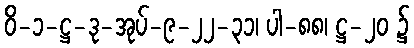
ဝိ-၁-ဋ္ဌ-ဒု-အုပ်-၉-၂၂-၃၁၊ ပါ-၈၈၊ ဋ္ဌ-၂၀ ၌